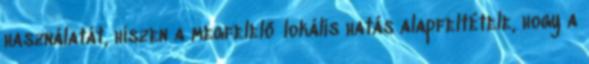
használatát, hiszen a megfelelő lokális hatás alapfeltétele, hogy a